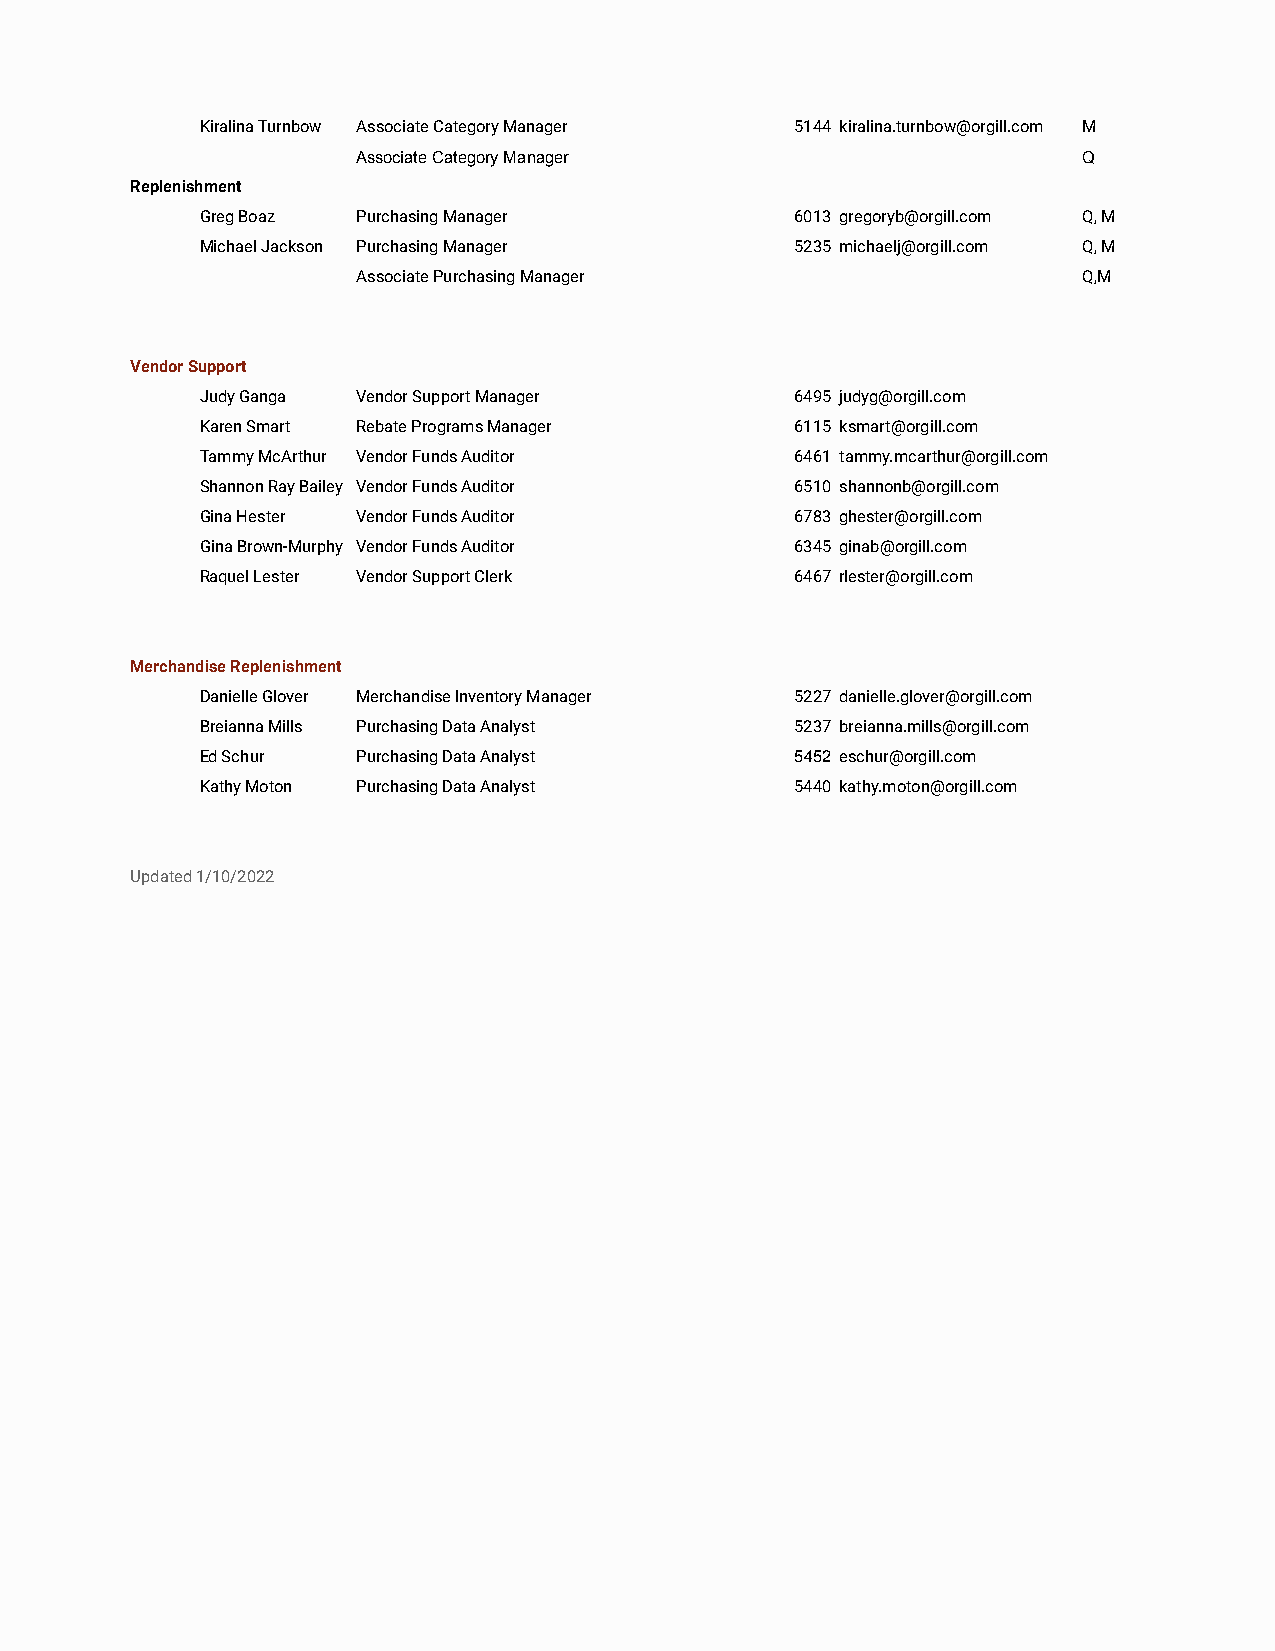
Kiralina Turnbow Associate Category Manager 5144 kiralina.turnbow@orgill.com M
 Associate Category Manager                      Q
 Replenishment
 Greg Boaz  Purchasing Manager           6013 gregoryb@orgill.com Q, M
 Michael Jackson Purchasing Manager      5235 michaelj@orgill.com Q, M
 Associate Purchasing Manager                    Q,M
 Vendor Support
 Judy Ganga Vendor Support Manager       6495 judyg@orgill.com
 Karen Smart Rebate Programs Manager     6115 ksmart@orgill.com
 Tammy McArthur Vendor Funds Auditor     6461 tammy.mcarthur@orgill.com
 Shannon Ray Bailey Vendor Funds Auditor 6510 shannonb@orgill.com
 Gina Hester Vendor Funds Auditor        6783 ghester@orgill.com
 Gina Brown-Murphy Vendor Funds Auditor  6345 ginab@orgill.com
 Raquel Lester Vendor Support Clerk      6467 rlester@orgill.com
 Merchandise Replenishment
 Danielle Glover Merchandise Inventory Manager 5227 danielle.glover@orgill.com
 Breianna Mills Purchasing Data Analyst  5237 breianna.mills@orgill.com
 Ed Schur   Purchasing Data Analyst      5452 eschur@orgill.com
 Kathy Moton Purchasing Data Analyst     5440 kathy.moton@orgill.com
 Updated 1/10/2022